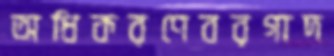
অধিকরণেবরগাদ